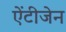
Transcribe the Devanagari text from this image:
ऐंटीजेन